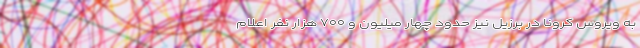
به ویروس کرونا در برزیل نیز حدود چهار میلیون و ۷۰۰ هزار نفر اعلام